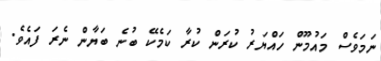
ނަމަވެސް މައުމޫން ހައްޔަރު ކުރަން ކުރާ ކަމެކޭ ބުނެ ބަޔާން ނެރަ ފައެވެ.